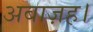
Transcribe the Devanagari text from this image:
अबाज़ह।